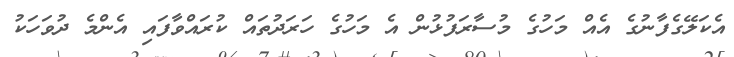
އެކަލޭގެފާނުގެ އެއް މަހުގެ މުސާރަފުޅުން އެ މަހުގެ ހަރަދުތައް ކުރައްވާފައި އެންމެ ދުވަހަކު